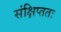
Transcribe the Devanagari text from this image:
संक्षिप्ततः